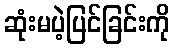
ဆုံးမပဲ့ပြင်ခြင်းကို